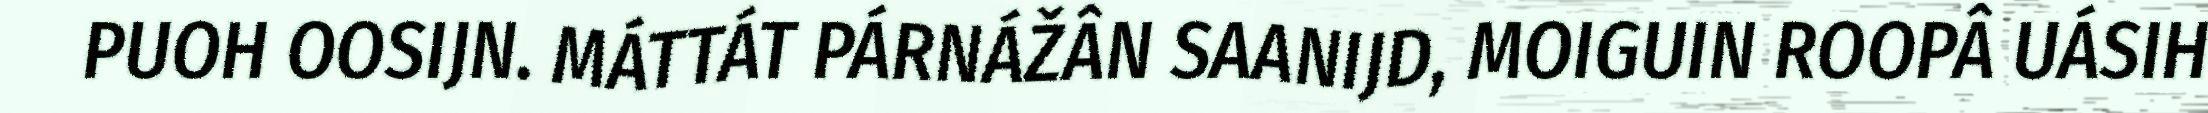
PUOH OOSIJN. MÁTTÁT PÁRNÁŽÂN SAANIJD, MOIGUIN ROOPÂ UÁSIH